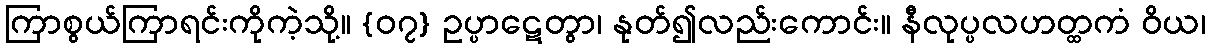
ကြာစွယ်ကြာရင်းကိုကဲ့သို့။ {၀၇} ဥပ္ပာဋေတွာ၊ နုတ်၍လည်းကောင်း။ နီလုပ္ပလဟတ္ထကံ ဝိယ၊